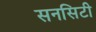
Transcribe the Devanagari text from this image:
सनसिटी